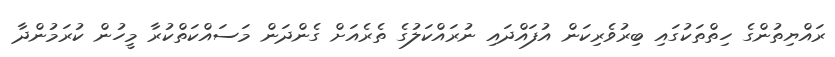
ރައްޔިތުންގެ ހިތްތަކުގައި ބިރުވެރިކަން އުފައްދައި ނުރައްކަލުގެ ތެރެއަށް ގެންދަން މަސައްކަތްކުރާ މީހުން ކުރަމުންދާ